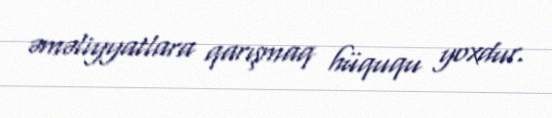
əməliyyatlara qarışmaq hüququ yoxdur.